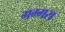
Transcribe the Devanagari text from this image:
गग्गरा